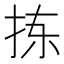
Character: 拣